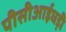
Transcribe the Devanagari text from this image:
पीसीआईघड़ी